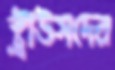
স্ট্রাউসদের